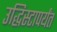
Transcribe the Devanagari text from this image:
उद्धिस्टापर्यंत